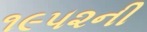
૧૯૫૨ની